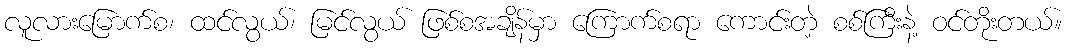
လူလားမြောက်စ၊ ထင်လွယ်၊ မြင်လွယ် ဖြစ်စအချိန်မှာ ကြောက်စရာ ကောင်းတဲ့ စစ်ကြီးနဲ့ ဝင်တိုးတယ်။